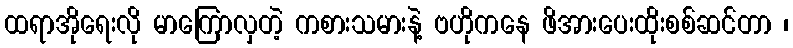
ထရာအိုရေးလို မာကြောလှတဲ့ ကစားသမားနဲ့ ဗဟိုကနေ ဖိအားပေးထိုးစစ်ဆင်တာ ၊